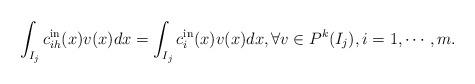
LaTeX: \begin{align*}\int_{I_j} c_{ih}^{\rm in}(x) v(x)dx=\int_{I_j} c_{i}^{\rm in}(x)v(x)dx, \forall v\in P^k(I_j), i=1, \cdots, m.\end{align*}